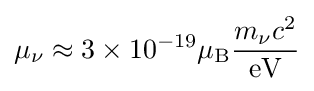
\mu _{\nu }\approx 3\times 10^{-19}\mu _{\text{B}}{\frac {m_{\nu }c^{2}}{\text{eV}}}